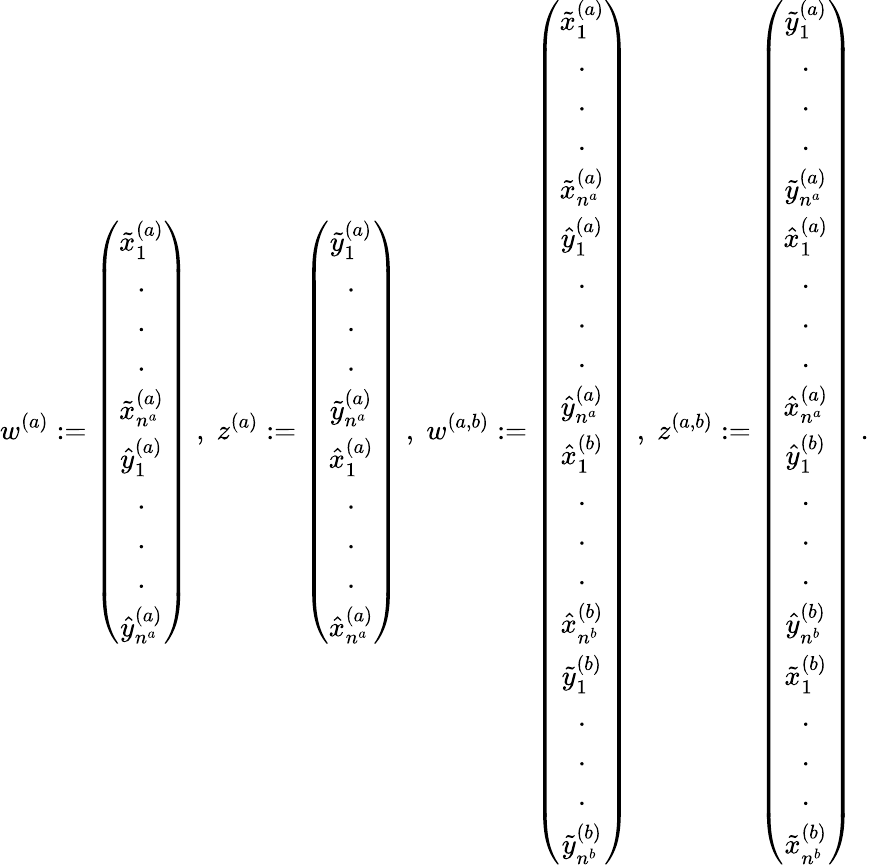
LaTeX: w^{(a)}:=\left(\begin{array}{c}{{\tilde{x}_{1}^{(a)}}}\\ {{.}}\\ {{.}}\\ {{.}}\\ {{\tilde{x}_{n^{a}}^{(a)}}}\\ {{\hat{y}_{1}^{(a)}}}\\ {{.}}\\ {{.}}\\ {{.}}\\ {{\hat{y}_{n^{a}}^{(a)}}}\end{array}\right)\; ,\; z^{(a)}:=\left(\begin{array}{c}{{\tilde{y}_{1}^{(a)}}}\\ {{.}}\\ {{.}}\\ {{.}}\\ {{\tilde{y}_{n^{a}}^{(a)}}}\\ {{\hat{x}_{1}^{(a)}}}\\ {{.}}\\ {{.}}\\ {{.}}\\ {{\hat{x}_{n^{a}}^{(a)}}}\end{array}\right)\; ,\; w^{(a,b)}:=\left(\begin{array}{c}{{\tilde{x}_{1}^{(a)}}}\\ {{.}}\\ {{.}}\\ {{.}}\\ {{\tilde{x}_{n^{a}}^{(a)}}}\\ {{\hat{y}_{1}^{(a)}}}\\ {{.}}\\ {{.}}\\ {{.}}\\ {{\hat{y}_{n^{a}}^{(a)}}}\\ {{\hat{x}_{1}^{(b)}}}\\ {{.}}\\ {{.}}\\ {{.}}\\ {{\hat{x}_{n^{b}}^{(b)}}}\\ {{\tilde{y}_{1}^{(b)}}}\\ {{.}}\\ {{.}}\\ {{.}}\\ {{\tilde{y}_{n^{b}}^{(b)}}}\end{array}\right)\; ,\; z^{(a,b)}:=\left(\begin{array}{c}{{\tilde{y}_{1}^{(a)}}}\\ {{.}}\\ {{.}}\\ {{.}}\\ {{\tilde{y}_{n^{a}}^{(a)}}}\\ {{\hat{x}_{1}^{(a)}}}\\ {{.}}\\ {{.}}\\ {{.}}\\ {{\hat{x}_{n^{a}}^{(a)}}}\\ {{\hat{y}_{1}^{(b)}}}\\ {{.}}\\ {{.}}\\ {{.}}\\ {{\hat{y}_{n^{b}}^{(b)}}}\\ {{\tilde{x}_{1}^{(b)}}}\\ {{.}}\\ {{.}}\\ {{.}}\\ {{\tilde{x}_{n^{b}}^{(b)}}}\end{array}\right)\; .